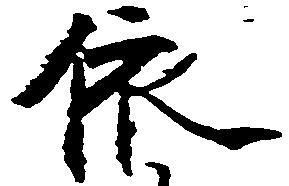
依